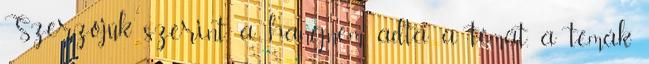
Szerzőjük szerint, a hangnem adta a témát, a témák